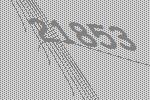
21853